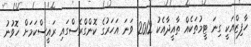
ހާފިޒްއަކީ ގިނަ ޓީމުތަކެއް ތާއީދާއެކު 2012 ވަނަ އަހަރުގެ ކޮންގްރެސްގައި ރައީސްކަމަށް ހޮވުނު